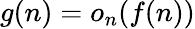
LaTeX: g(n)=o_{n}(f(n))